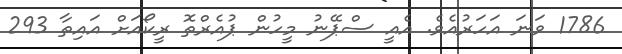
1786 ވަނަ އަހަރުއެވެ. އެއީ ސްޕޭނު މީހުން ޕުއެރްތޮ ރީކޯއަށް އައިތާ 293